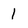
Character: l